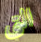
التي